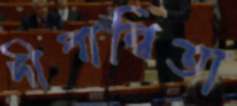
দীপান্বিতা